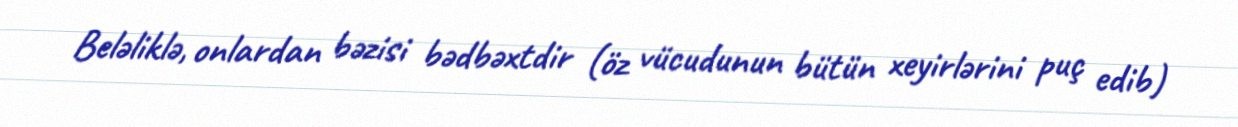
Beləliklə, onlardan bəzisi bədbəxtdir (öz vücudunun bütün xeyirlərini puç edib)